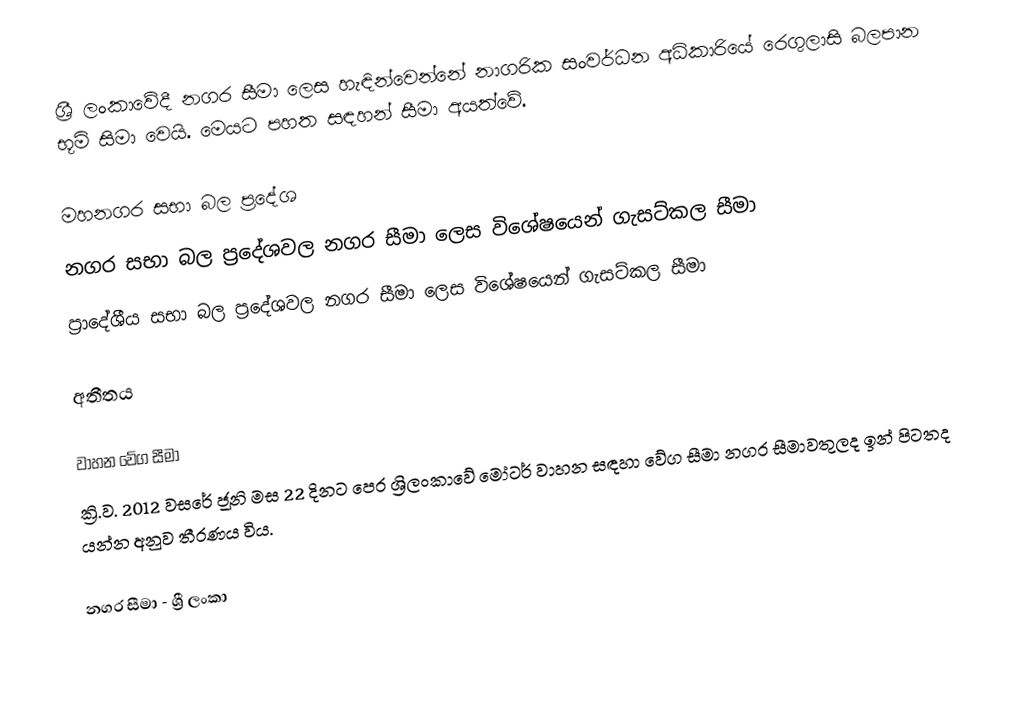
ශ්‍රී ලංකාවේදී නගර සීමා ලෙස හැඳින්වෙන්නේ නාගරික සංවර්ධන අධිකාරියේ රෙගුලාසි බලපාන භූමි සිමා වෙයි. මෙයට පහත සඳහන් සීමා අයත්වේ.

 මහනගර සභා බල ප්‍රදේශ
 නගර සභා බල ප්‍රදේශවල නගර සීමා ලෙස විශේෂයෙන් ගැසට්කල සීමා
 ප්‍රාදේශීය සභා බල ප්‍රදේශවල නගර සීමා ලෙස විශේෂයෙන් ගැසට්කල සීමා

අතීතය

වාහන වේග සීමා
ක්‍රි.ව. 2012 වසරේ ජූනි මස 22 දිනට පෙර ශ්‍රිලංකාවේ මෝටර් වාහන සඳහා වේග සීමා නගර සීමාවතුලද ඉන් පිටතද යන්න අනුව තීරණය විය.

නගර සීමා - ශ්‍රී ලංකා